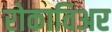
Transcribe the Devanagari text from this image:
रोकाविअर